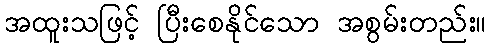
အထူးသဖြင့် ပြီးစေနိုင်သော အစွမ်းတည်း။